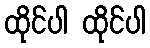
ထိုင်ပါ ထိုင်ပါ